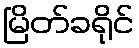
မြိတ်ခရိုင်